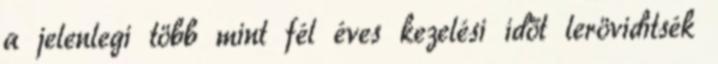
a jelenlegi több mint fél éves kezelési időt lerövidítsék